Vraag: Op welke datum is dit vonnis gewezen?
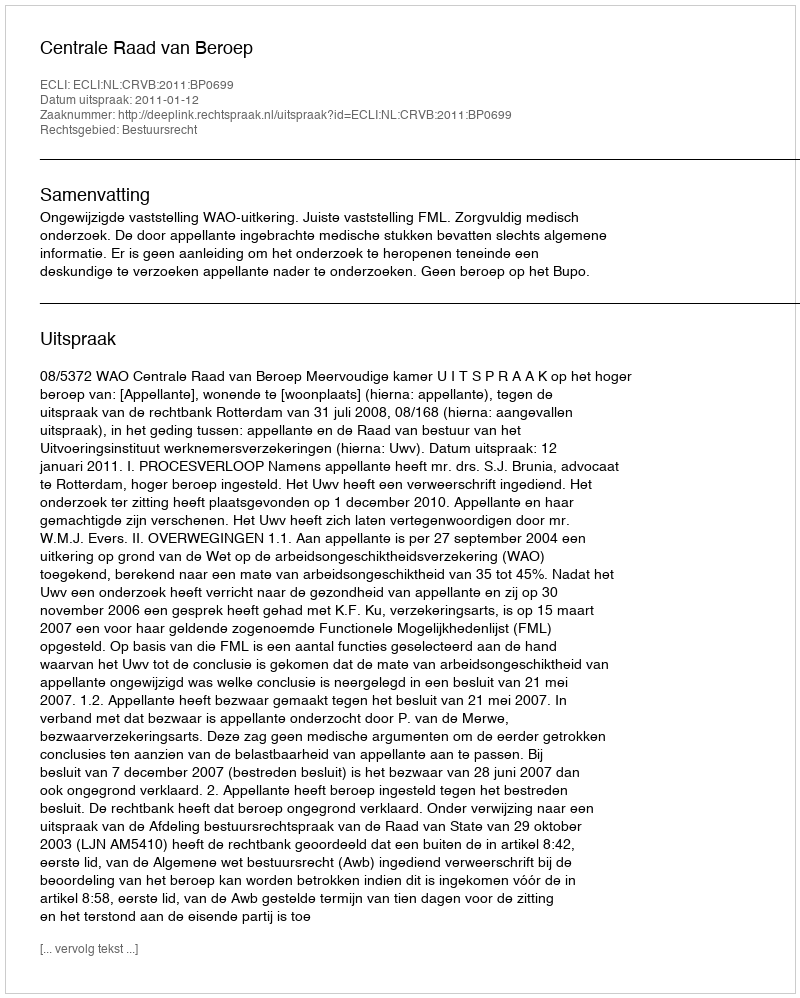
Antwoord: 2011-01-12